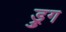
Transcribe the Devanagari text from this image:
ड्रुग